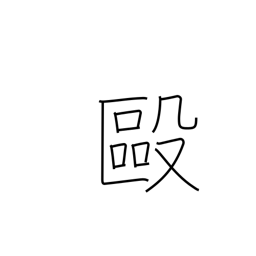
Meaning: brawl